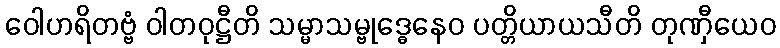
ဝေါဟရိတဗ္ဗံ ဝါတဝုဋ္ဌီတိ သမ္မာသမ္ဗုဒ္ဓေနေဝ ပတ္တိယာယသီတိ တုဏှီယေဝ